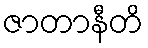
ဇာတာနီတိ